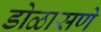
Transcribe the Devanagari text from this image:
डोळासणे